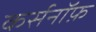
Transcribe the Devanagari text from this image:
कर्सनॉफ़